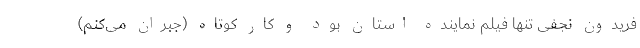
فریدون نجفی تنها فیلم نماینده استان بود و کار کوتاه (جبران می‌کنم)